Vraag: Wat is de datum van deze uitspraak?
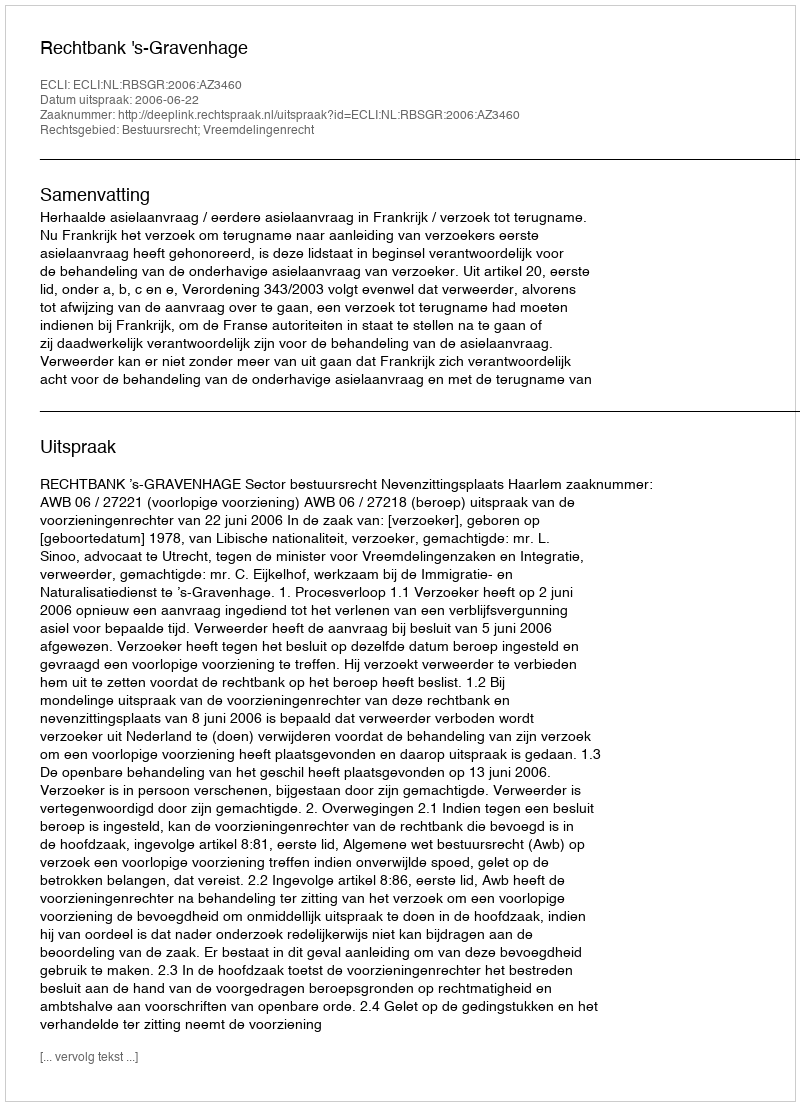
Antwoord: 2006-06-22